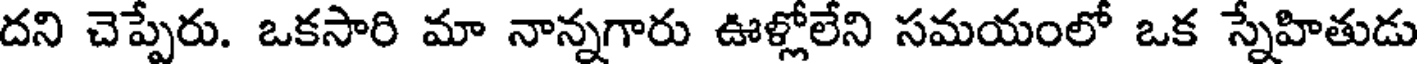
దని చెప్పేరు. ఒకసారి మా నాన్నగారు ఊళ్లోలేని సమయంలో ఒక స్నేహితుడు